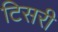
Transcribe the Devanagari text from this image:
टिसरी